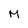
Character: M